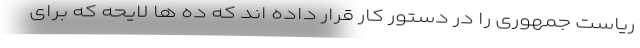
ریاست جمهوری را در دستور کار قرار داده اند که ده ها لایحه که برای